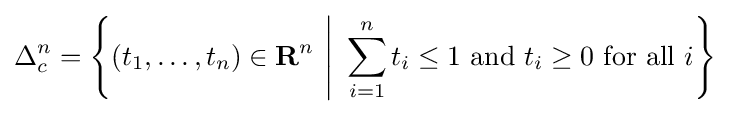
\Delta _{c}^{n}=\left\{(t_{1},\ldots ,t_{n})\in \mathbf {R} ^{n}~{\Bigg |}~\sum _{i=1}^{n}t_{i}\leq 1{\text{ and }}t_{i}\geq 0{\text{ for all }}i\right\}